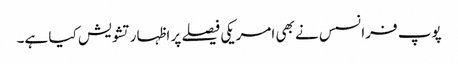
پوپ فرانسس نے بھی امریکی فیصلے پر اظہار تشویش کیا ہے۔